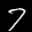
Label: 7